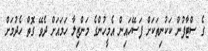
ގެ ސްޓާފުން ކަކުނިތަކަށް ފަސޭހައިން އެމީހުންގެ މަންޒިލާ ހަމައަށް ދެވޭ ގޮތް ހެދުމަށް